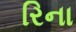
રિના